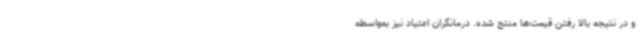
و در نتیجه بالا رفتن قیمت‌ها منتج شده. درمانگران اعتیاد نیز به‌واسطه